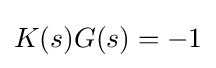
K(s)G(s)=-1